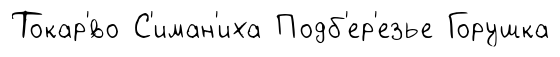
Токар'́во С'иман'иха Подб'ер'езье Горушка